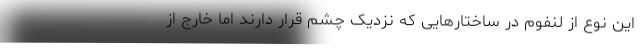
این نوع از لنفوم در ساختارهایی که نزدیک چشم قرار دارند اما خارج از